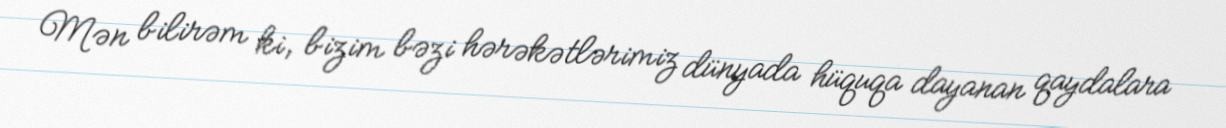
Mən bilirəm ki, bizim bəzi hərəkətlərimiz dünyada hüquqa dayanan qaydalara